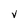
Character: V